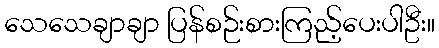
သေသေချာချာ ပြန်စဉ်းစားကြည့်ပေးပါဦး။